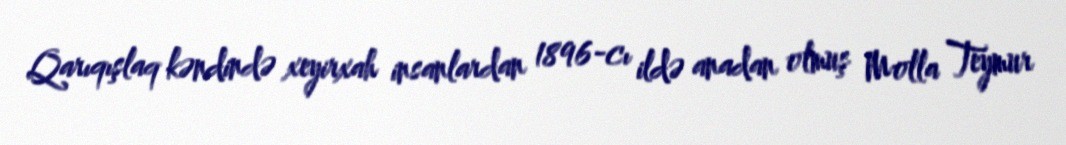
Qarıqışlaq kəndində xeyirxah insanlardan 1896-cı ildə anadan olmuş Molla Teymur